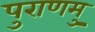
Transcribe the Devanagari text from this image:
पुराणमु